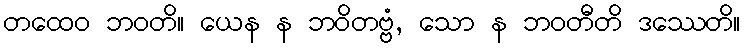
တထေဝ ဘဝတိ။ ယေန န ဘဝိတဗ္ဗံ, သော န ဘဝတီတိ ဒဿေတိ။